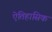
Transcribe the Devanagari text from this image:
ऐतिहासिक